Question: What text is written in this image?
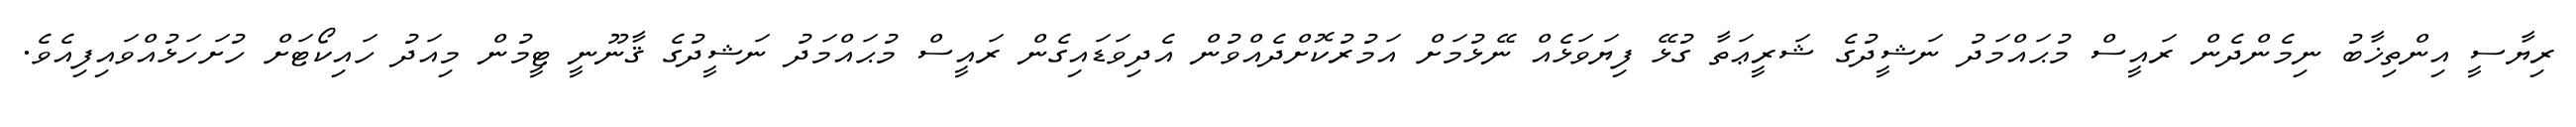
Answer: ރިޔާސީ އިންތިޚާބު ނިމެންދެން ރައީސް މުޙައްމަދު ނަޝީދުގެ ޝަރީޢަތާ ގުޅޭ ފިޔަވަޅެއް ނޭޅުމަށް އަމުރުކޮށްދެއްވުން އެދިވަޑައިގެން ރައީސް މުޙައްމަދު ނަޝީދުގެ ޤާނޫނީ ޓީމުން މިއަދު ހައިކޯޓަށް ހުށަހަޅުއްވައިފިއެވެ.